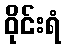
ဝိုင်းရံ